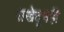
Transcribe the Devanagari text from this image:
राखेतूनही